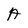
Character: A